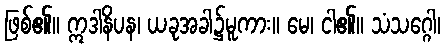
ဖြစ်၏။ ဣဒါနိပန၊ ယခုအခါ၌မူကား။ မေ၊ ငါ၏။ သံသဂ္ဂေါ၊